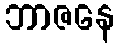
ဘာဇနေ